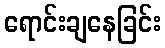
ရောင်းချနေခြင်း